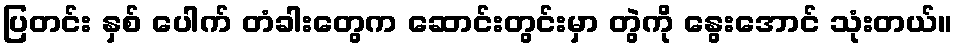
ပြတင်း နှစ် ပေါက် တံခါးတွေက ဆောင်းတွင်းမှာ တွဲကို နွေးအောင် သုံးတယ်။